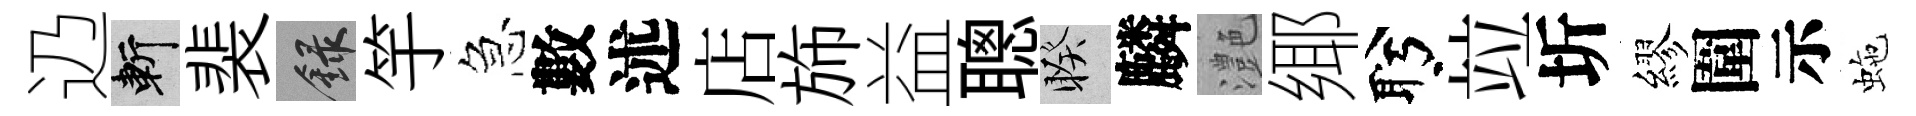
辸斬裴録竽急數述店斾益聰睽麟灔鄊盻竝圻繆圍示虵